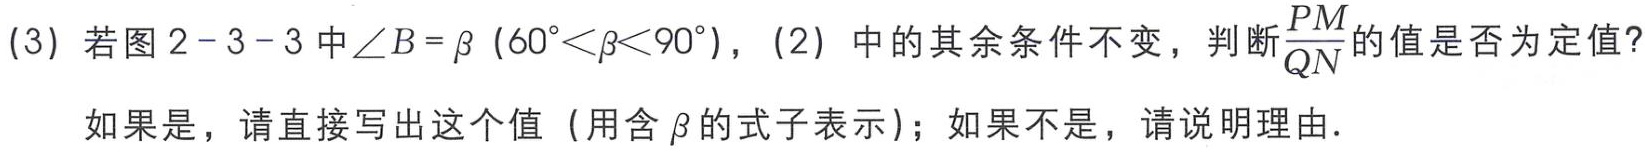
(3) 若图 2 - 3 - 3 中$\angle B = \beta$（$60^{\circ}<\beta<90^{\circ}$），(2) 中的其余条件不变，判断$\frac{PM}{QN}$的值是否为定值？

如果是，请直接写出这个值（用含$\beta$的式子表示）；如果不是，请说明理由.